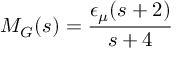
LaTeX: M _ { G } ( s ) = { \frac { \epsilon _ { \mu } ( s + 2 ) } { s + 4 } }